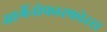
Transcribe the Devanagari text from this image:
आर्गेनोफास्फोरस